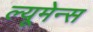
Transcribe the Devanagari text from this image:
ल्यूमेन्स